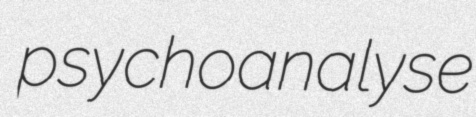
psychoanalyse